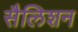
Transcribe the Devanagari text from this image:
सैलिशन